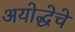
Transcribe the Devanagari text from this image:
अयोद्धेचे